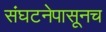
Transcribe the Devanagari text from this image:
संघटनेपासूनच